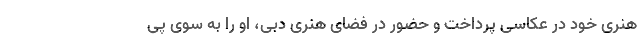
هنری خود در عکاسی پرداخت و حضور در فضای هنری دبی، او را به سوی پی